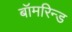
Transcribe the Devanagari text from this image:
बॉमरिन्ड